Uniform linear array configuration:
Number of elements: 64
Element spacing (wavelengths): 1
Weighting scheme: cosine
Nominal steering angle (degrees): -60
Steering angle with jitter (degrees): -59.84
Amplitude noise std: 0.05
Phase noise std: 0.05

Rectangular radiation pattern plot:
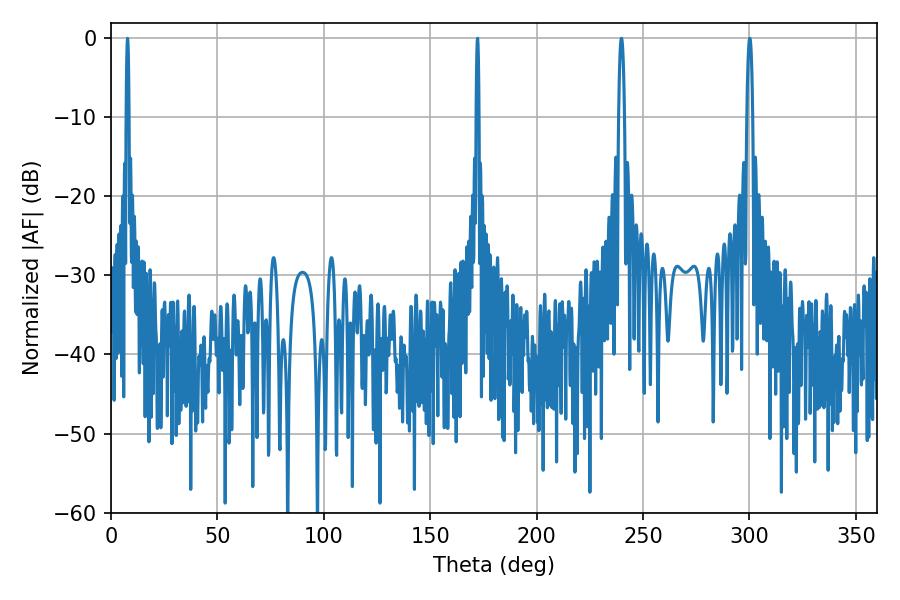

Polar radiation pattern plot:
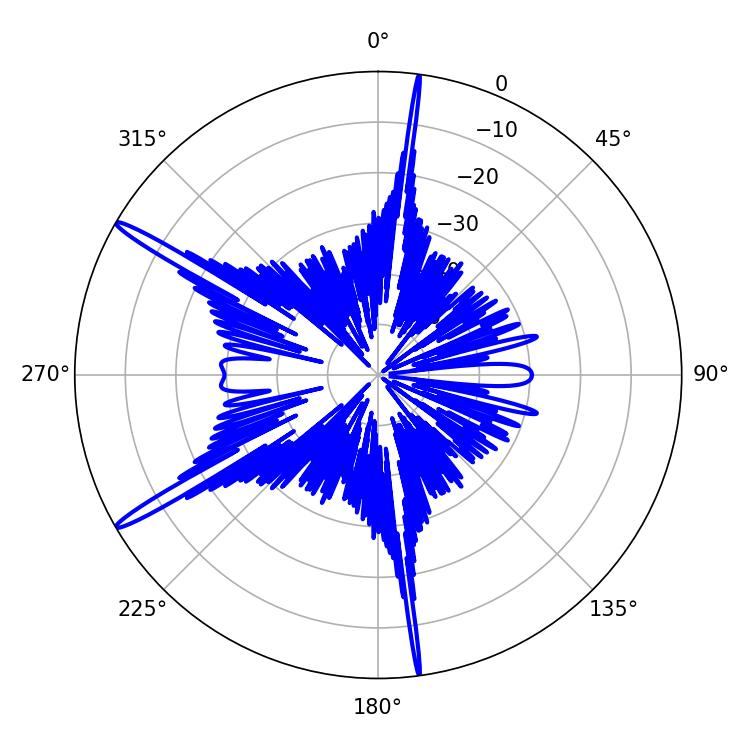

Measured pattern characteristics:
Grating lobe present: TRUE
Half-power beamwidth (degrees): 0.72
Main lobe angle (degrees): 172.26